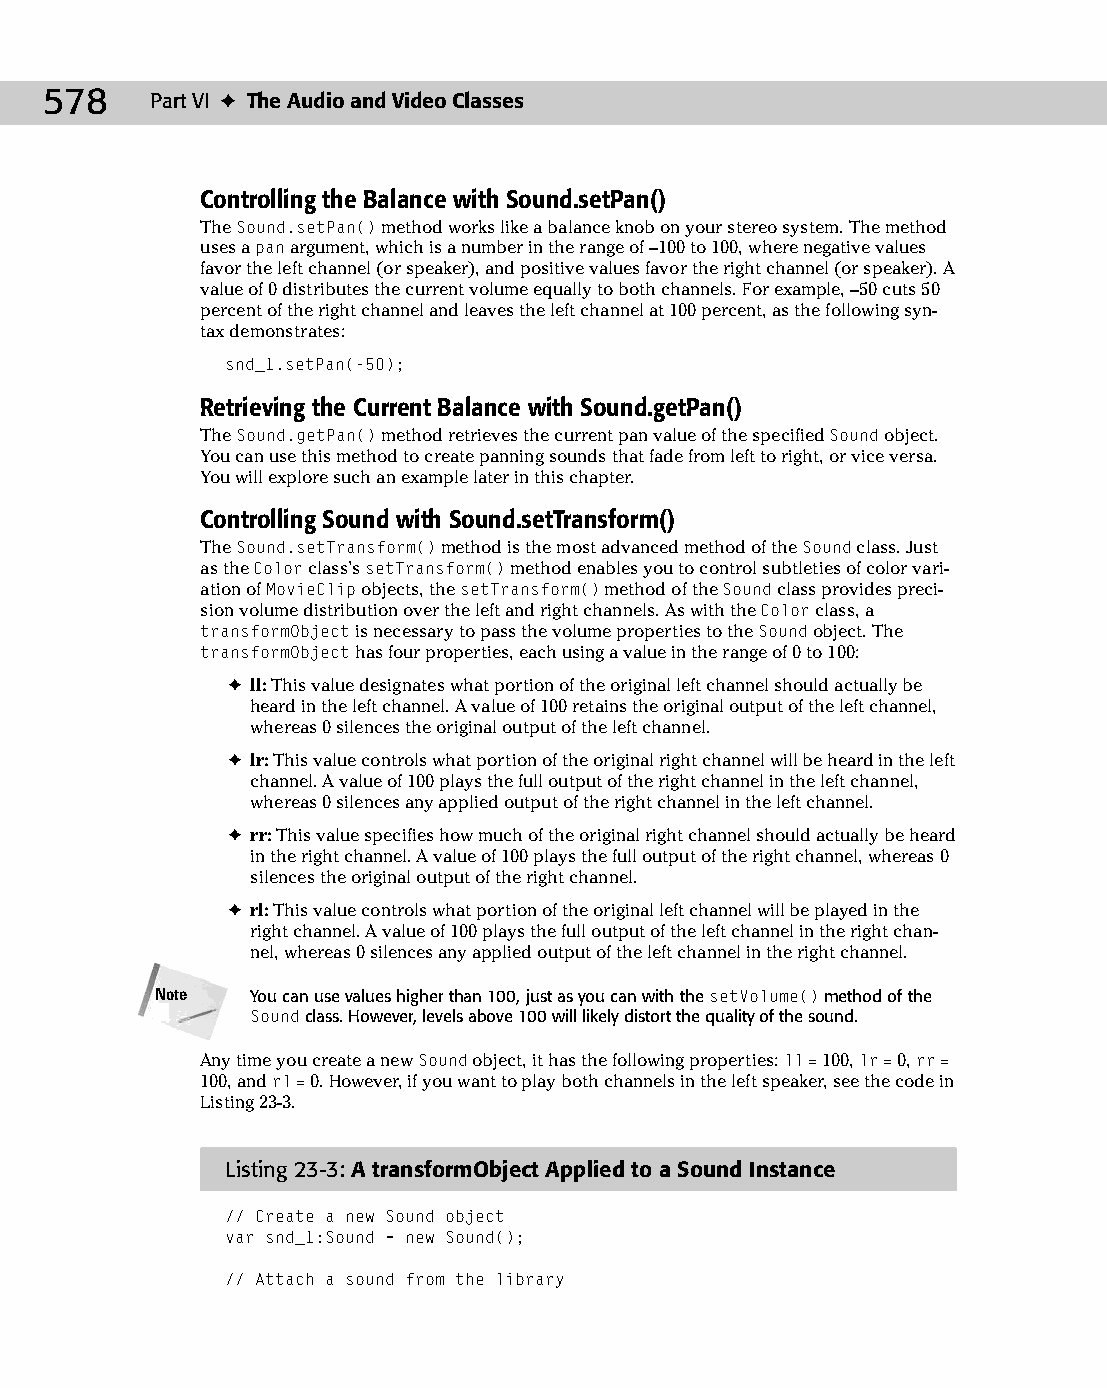
30 543547 ch23.qxd 3/24/04 4:09 PM Page 578
 578    Part VI ✦ The Audio and Video Classes
 Controlling the Balance with Sound.setPan()
 The Sound.setPan() method works like a balance knob on your stereo system. The method
 uses a pan argument, which is a number in the range of –100 to 100, where negative values
 favor the left channel (or speaker), and positive values favor the right channel (or speaker). A
 value of 0 distributes the current volume equally to both channels. For example, –50 cuts 50
 percent of the right channel and leaves the left channel at 100 percent, as the following syn­
 tax demonstrates:
 snd_1.setPan(-50);
 Retrieving the Current Balance with Sound.getPan()
 The Sound.getPan() method retrieves the current pan value of the specified Sound object.
 You can use this method to create panning sounds that fade from left to right, or vice versa.
 You will explore such an example later in this chapter.
 Controlling Sound with Sound.setTransform()
 The Sound.setTransform() method is the most advanced method of the Sound class. Just
 as the Color class’s setTransform() method enables you to control subtleties of color vari­
 ation of MovieClip objects, the setTransform() method of the Sound class provides preci­
 sion volume distribution over the left and right channels. As with the Color class, a
 transformObject is necessary to pass the volume properties to the Sound object. The
 transformObject has four properties, each using a value in the range of 0 to 100:
 ✦ ll: This value designates what portion of the original left channel should actually be
 heard in the left channel. A value of 100 retains the original output of the left channel,
 whereas 0 silences the original output of the left channel.
 ✦ lr: This value controls what portion of the original right channel will be heard in the left
 channel. A value of 100 plays the full output of the right channel in the left channel,
 whereas 0 silences any applied output of the right channel in the left channel.
 ✦ rr: This value specifies how much of the original right channel should actually be heard
 in the right channel. A value of 100 plays the full output of the right channel, whereas 0
 silences the original output of the right channel.
 ✦ rl: This value controls what portion of the original left channel will be played in the
 right channel. A value of 100 plays the full output of the left channel in the right chan­
 nel, whereas 0 silences any applied output of the left channel in the right channel.
 Note   You can use values higher than 100, just as you can with the setVolume() method of the
 Sound class. However, levels above 100 will likely distort the quality of the sound.
 Any time you create a new Sound object, it has the following properties: ll = 100, lr = 0, rr =
 100, and rl = 0. However, if you want to play both channels in the left speaker, see the code in
 Listing 23-3.
 Listing 23-3: A transformObject Applied to a Sound Instance
 // Create a new Sound object
 var snd_1:Sound = new Sound();
 // Attach a sound from the library